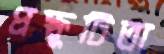
প্রস্ফুটিতা